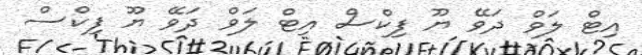
އިޓް ލަވް ދަވޭ ޔޫ ފިކްސް އިޓް ލަވް ދަވޭ ޔޫ ފިކްސް